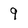
Character: 9